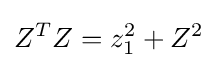
Z^{T}Z=z_{1}^{2}+Z^{2}